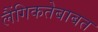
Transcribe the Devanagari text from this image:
लैंगिकतेबाबत